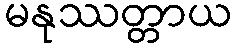
မနုဿတ္တာယ